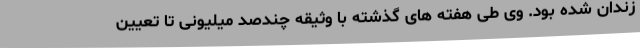
زندان شده بود. وی طی هفته های گذشته با وثیقه چندصد میلیونی تا تعیین